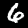
Label: 6